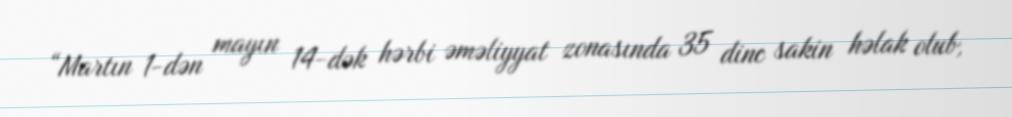
“Martın 1-dən mayın 14-dək hərbi əməliyyat zonasında 35 dinc sakin həlak olub,